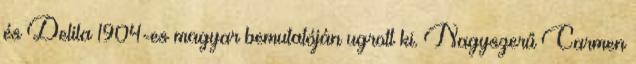
és Delila 1904-es magyar bemutatóján ugrott ki. Nagyszerű Carmen